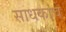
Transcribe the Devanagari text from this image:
साधकांचे